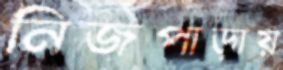
নিজপাড়ায়